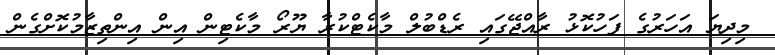
މިދިޔަ އަހަރުގެ ފަހުކޮޅު ރާއްޖޭގައި ރެޑްބުލް މާކެޓްކުރާ ޔޫރޯ މާކެޓިން އިން އިންތިޒާމުކޮށްގެން